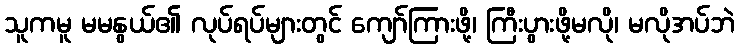
သူကမူ မမနွယ်၏ လုပ်ရပ်များတွင် ကျော်ကြားဖို့၊ ကြီးပွားဖို့မလို၊ မလိုအပ်ဘဲ